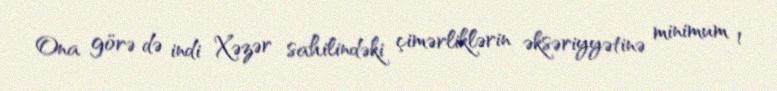
Ona görə də indi Xəzər sahilindəki çimərliklərin əksəriyyətinə minimum 1